Rangoon Lunatic Asylum 1893-1897 - 1893-1897
Year: 1893
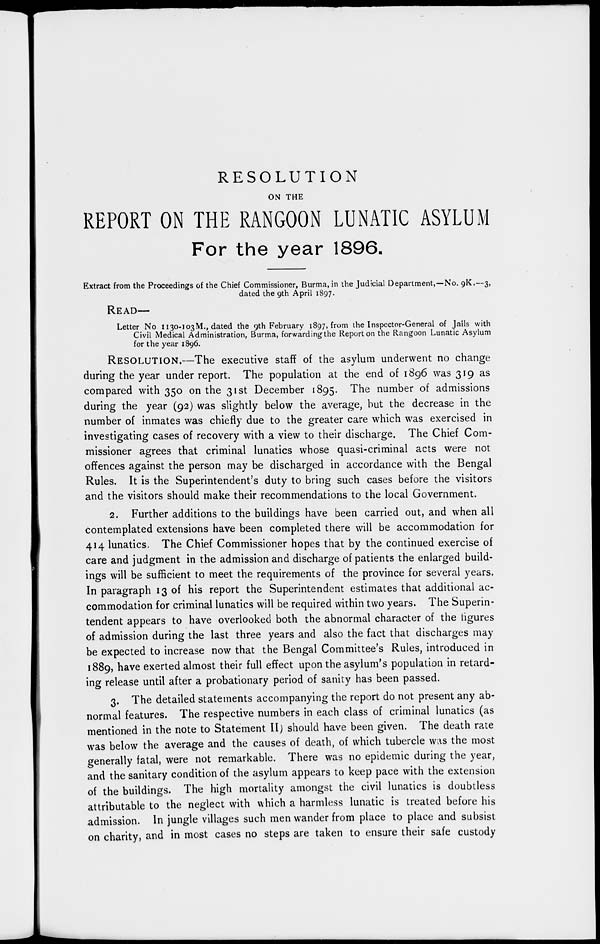
RESOLUTION
ON THE
REPORT ON THE RANGOON LUNATIC ASYLUM
For the year 1896.
Extract from the Proceedings of the Chief Commissioner, Burma, in the Judicial Department,—No. 9K.—3,
dated the 9th April 1897.
READ—
Letter No 1130-103 M., dated the 9th February 1897, from the Inspector-General of Jails with
Civil Medical Administration, Burma, forwarding the Report on the Rangoon Lunatic Asylum
for the year 1896.
RESOLUTION.—The executive staff of the asylum underwent no change
during the year under report. The population at the end of 1896 was 319 as
compared with 350 on the 31st December 1895. The number of admissions
during the year (92) was slightly below the average, but the decrease in the
number of inmates was chiefly due to the greater care which was exercised in
investigating cases of recovery with a view to their discharge. The Chief Com-
missioner agrees that criminal lunatics whose quasi-criminal acts were not
offences against the person may be discharged in accordance with the Bengal
Rules. It is the Superintendent's duty to bring such cases before the visitors
and the visitors should make their recommendations to the local Government.
2. Further additions to the buildings have been carried out, and when all
contemplated extensions have been completed there will be accommodation for
414 lunatics. The Chief Commissioner hopes that by the continued exercise of
care and judgment in the admission and discharge of patients the enlarged build-
ings will be sufficient to meet the requirements of the province for several years.
In paragraph 13 of his report the Superintendent estimates that additional ac-
commodation for criminal lunatics will be required within two years. The Superin-
tendent appears to have overlooked both the abnormal character of the figures
of admission during the last three years and also the fact that discharges may
be expected to increase now that the Bengal Committee's Rules, introduced in
1889, have exerted almost their full effect upon the asylum's population in retard-
ing release until after a probationary period of sanity has been passed.
3. The detailed statements accompanying the report do not present any ab-
normal features. The respective numbers in each class of criminal lunatics (as
mentioned in the note to Statement II) should have been given. The death rate
was below the average and the causes of death, of which tubercle was the most
generally fatal, were not remarkable. There was no epidemic during the year,
and the sanitary condition of the asylum appears to keep pace with the extension
of the buildings. The high mortality amongst the civil lunatics is doubtless
attributable to the neglect with which a harmless lunatic is treated before his
admission. In jungle villages such men wander from place to place and subsist
on charity, and in most cases no steps are taken to ensure their safe custody